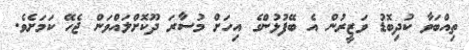
ތިއްބަވާ ކުދިބޮޑު ވަޒީރުން އެ ބޭފުޅުންގެ އިހަށް މުސާރަ ދޫކޮށްލައްވަން ޖެހޭ ކަމަށެވެ.